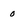
Character: 0